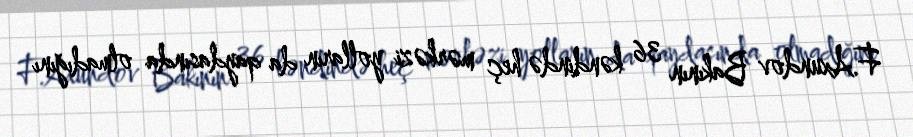
F.Axundov Bakının 36 kəndində heç mərkəzi yolların da qaydasında olmadığını